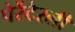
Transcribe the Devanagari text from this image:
पेरेंटेरली